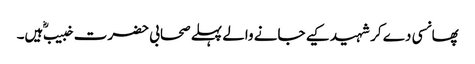
پھانسی دے کر شہید کیے جانے والے پہلے صحابی حضرت خبیب ؓ ہیں۔